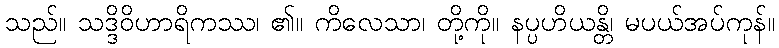
သည်။ သဒ္ဒိဝိဟာရိကဿ၊ ၏။ ကိလေသာ၊ တို့ကို။ နပ္ပဟိယန္တိ၊ မပယ်အပ်ကုန်။